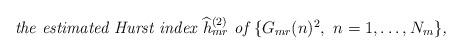
LaTeX: \begin{align*} \mbox{\it the estimated Hurst index $\widehat{h}_{mr}^{(2)}$ of $\{G_{mr}(n)^2,~n=1,\ldots,N_m\}$,}\end{align*}